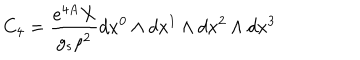
C _ { 4 } = \frac { e ^ { 4 A } X } { g _ { s } \rho ^ { 2 } } d x ^ { 0 } \wedge d x ^ { 1 } \wedge d x ^ { 2 } \wedge d x ^ { 3 }